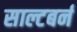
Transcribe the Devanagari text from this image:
साल्टबर्न